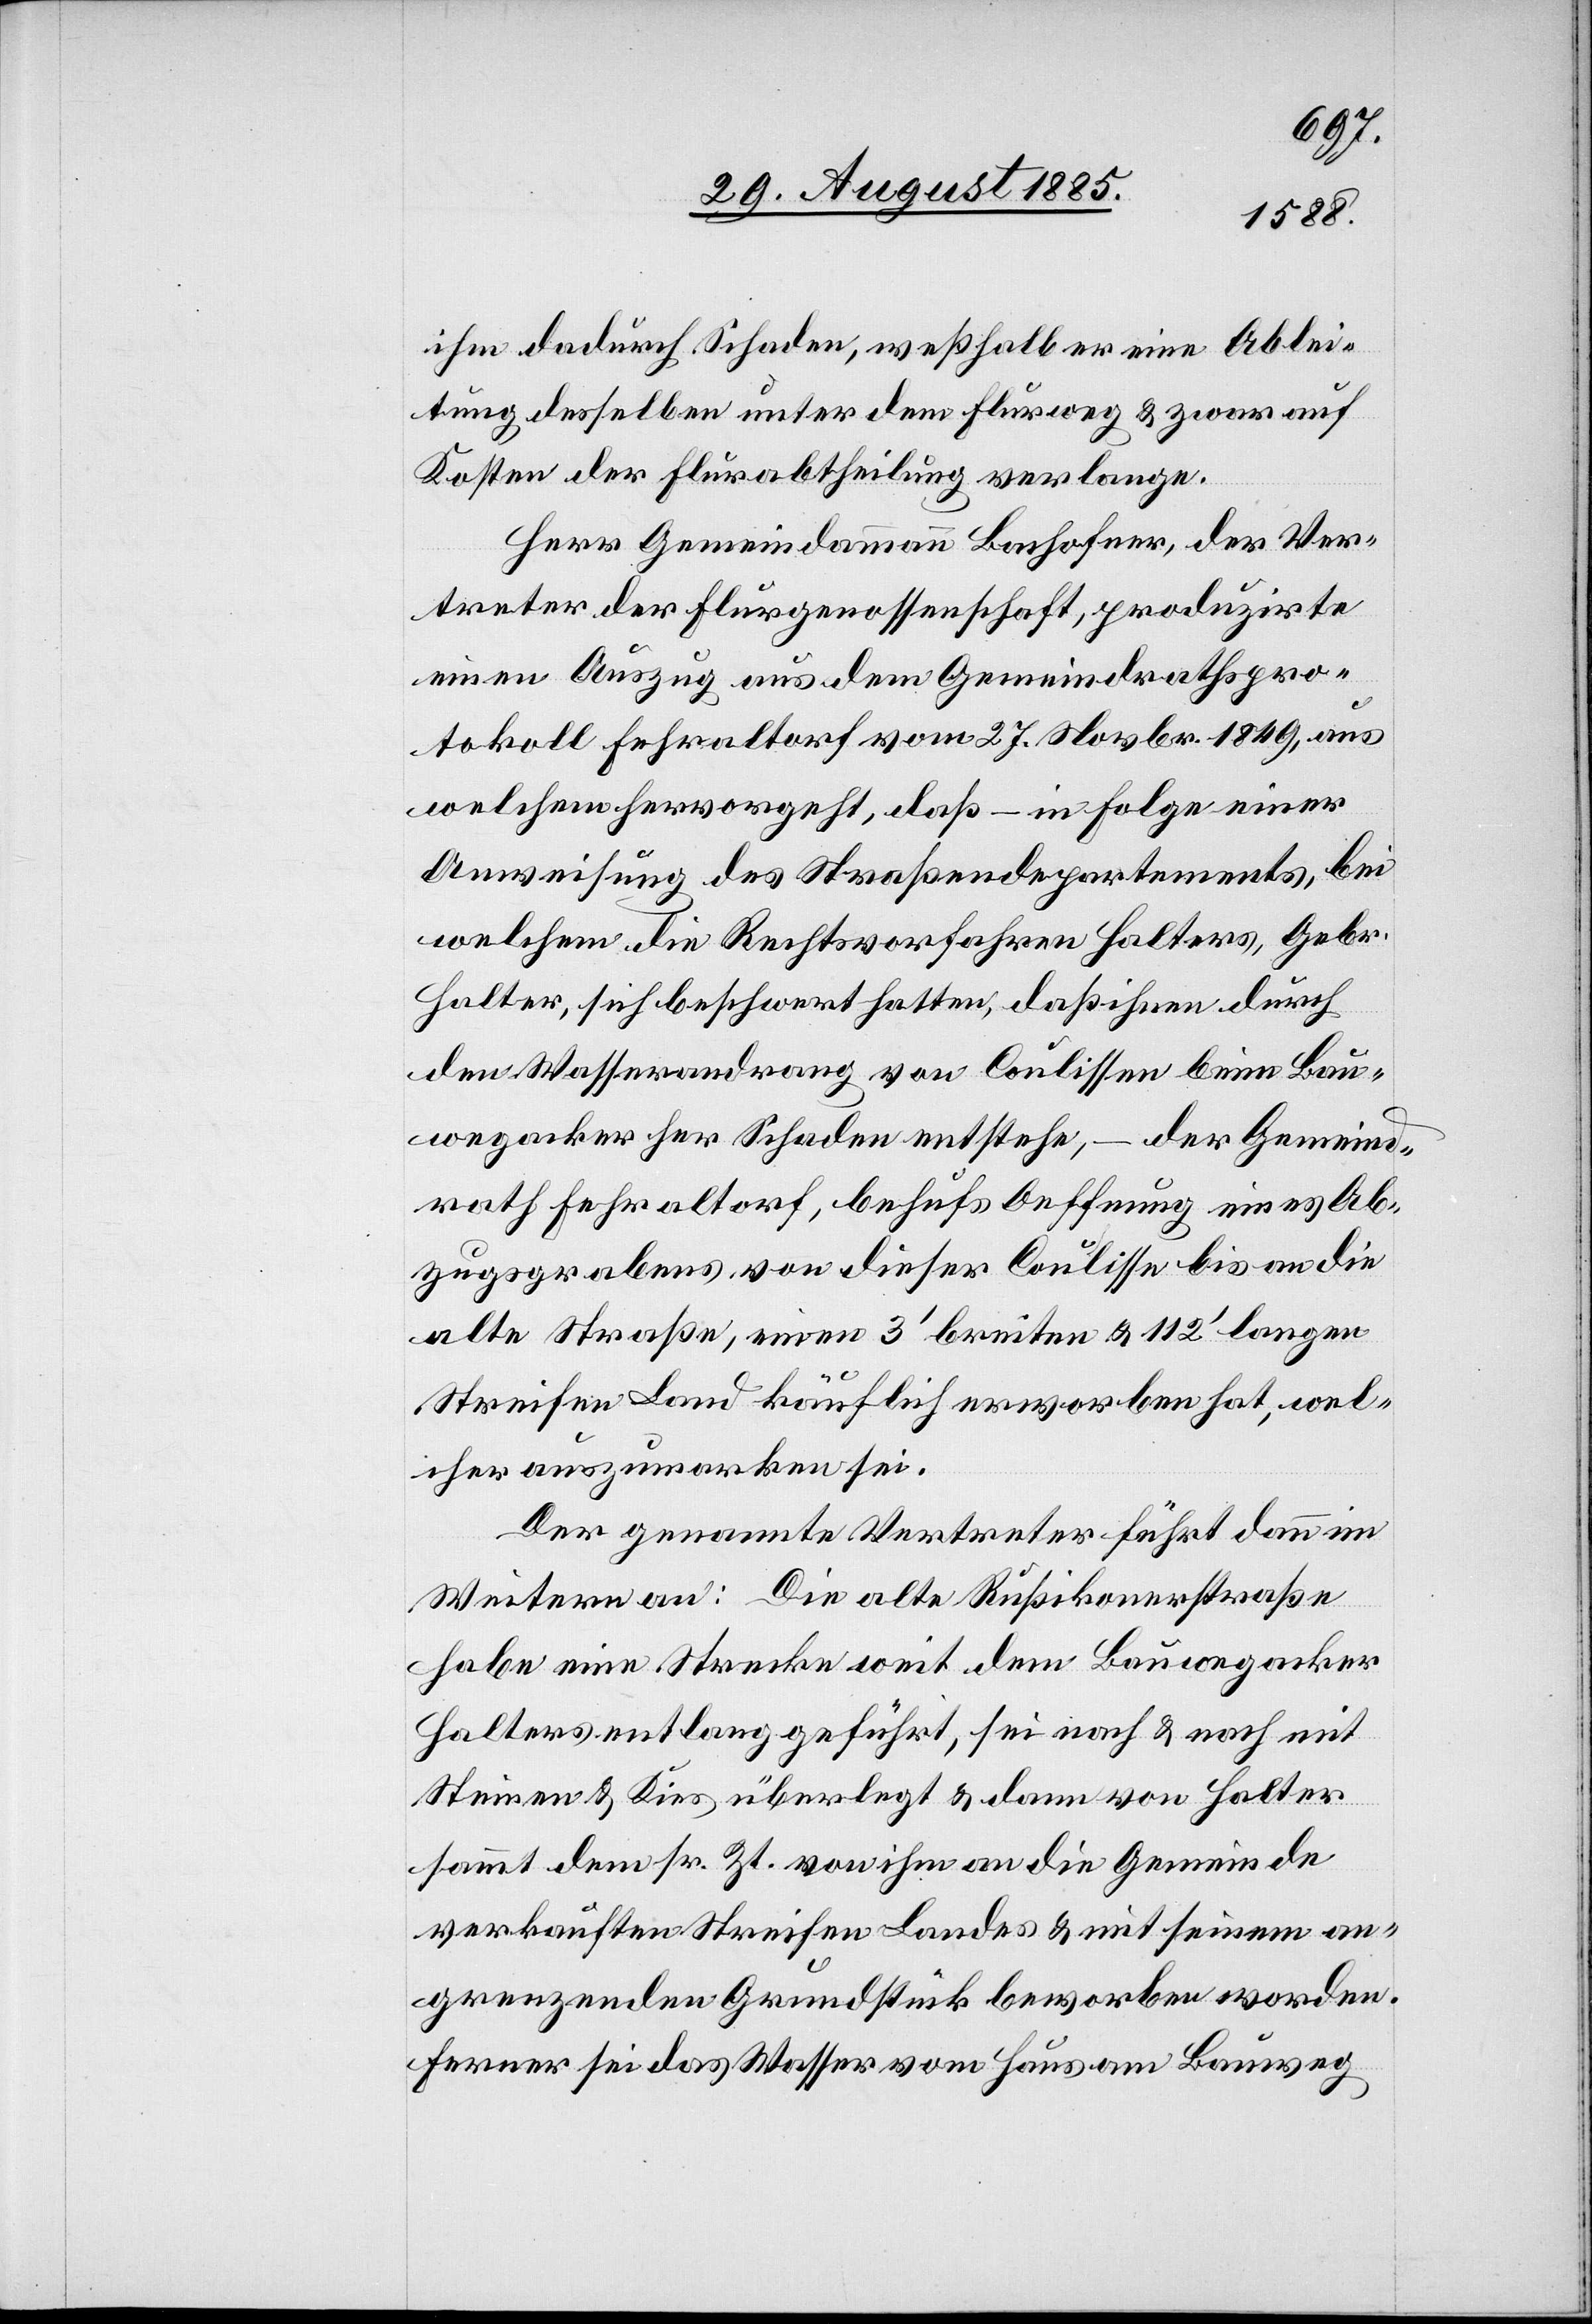
ihm dadurch Schaden, weßhalb er eine Ablei¬
tung desselben unter dem Flurweg & zwar auf
Kosten der Flurabtheilung verlange.
Herr Gemeindammann Bachofner, der Ver¬
treter der Flurgenossenschaft, produzirte
einen Auszug aus dem Gemeindrathspro¬
tokoll Fehraltorf vom 27. Novbr. 1849, aus
welchem hervorgeht, daß in Folge einer
Anweisung des Straßendepartements, bei
welchem die Rechtsvorfahren Halters, Gebr.
Halter, sich beschwert hatten, daß ihnen durch
den Wasserandrang von Coulissen beim Bau¬
wegacker her Schaden entstehe, – der Gemeind¬
rath Fehraltorf, behufs Oeffnung eines Ab¬
zugsgrabens von dieser Coulisse bis an die
alte Straße, einen 3‘ breiten & 112‘ langen
Streifen Land käuflich erworben hat, wel¬
cher auszumarken sei.
Der genannte Vertreter führt dann im
Weitern an: Die alte Rußikonerstraße
habe eine Strecke weit dem Bauwegacker
Halters entlang geführt, sei nach & nach mit
Steinen & Kies überlegt & dann von Halter
sammt dem sr. Zt. von ihm an die Gemeinde
verkauften Streifen Landes & mit seinem an¬
grenzenden Grundstück beworben worden.
Ferner sei das Wasser vom Haus am Bauweg